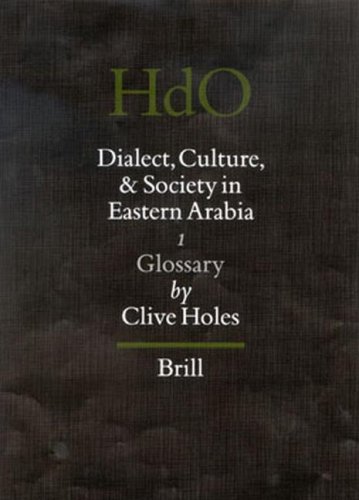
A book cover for Dialect, Culture, and Society in Eastern Arabia: Glossary (Handbook of Oriental Studies/Handbuch Der Orientalistik); Clive Holes; History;